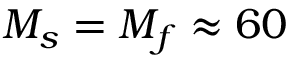
M _ { s } = M _ { f } \approx 6 0